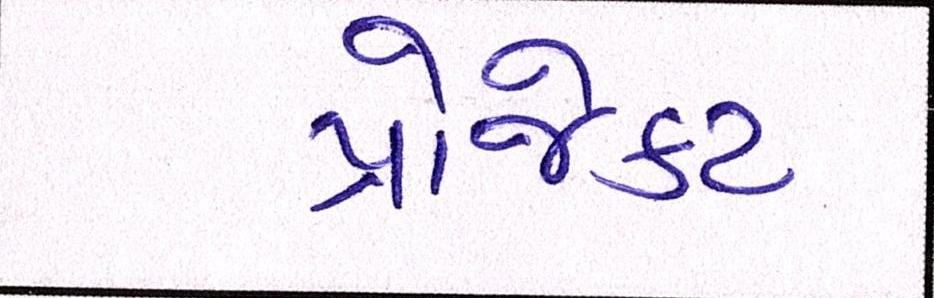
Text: પ્રોજેકટ